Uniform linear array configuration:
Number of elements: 64
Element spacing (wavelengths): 0.25
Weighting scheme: blackman
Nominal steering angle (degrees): -60
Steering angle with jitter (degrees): -59.546
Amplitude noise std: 0.05
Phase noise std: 0.05

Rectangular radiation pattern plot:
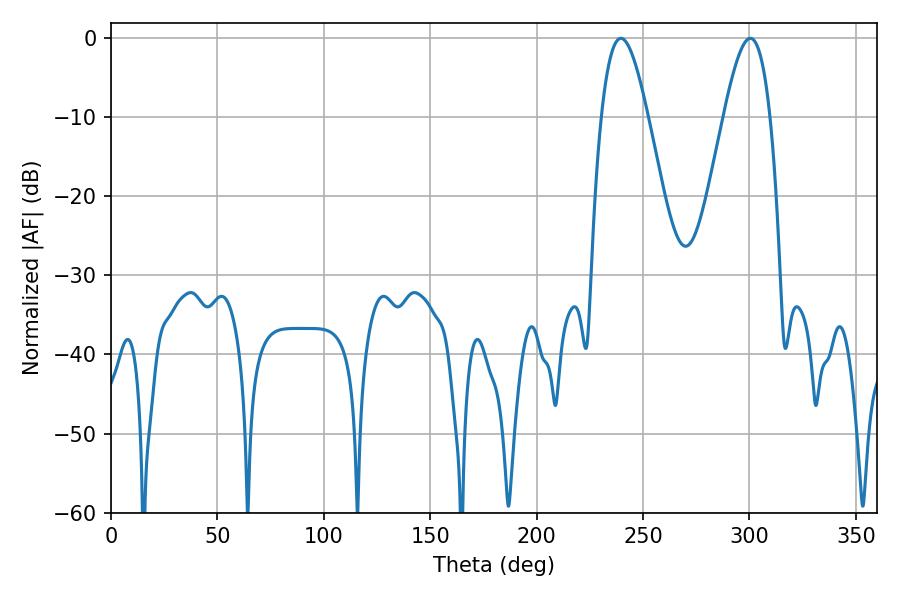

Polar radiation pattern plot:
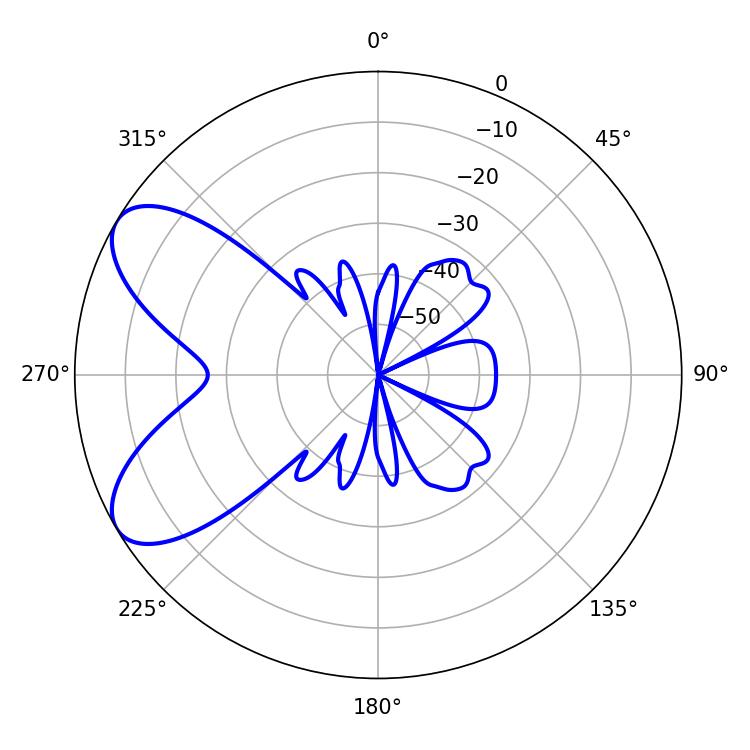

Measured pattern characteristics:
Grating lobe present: FALSE
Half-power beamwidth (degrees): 11.88
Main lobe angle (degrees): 300.42